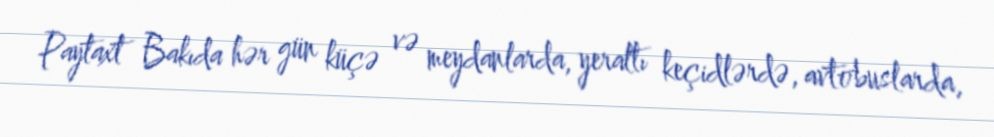
Paytaxt Bakıda hər gün küçə və meydanlarda, yeraltı keçidlərdə, avtobuslarda,